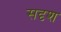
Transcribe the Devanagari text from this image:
सदृश